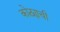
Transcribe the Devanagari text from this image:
कोठ्याची